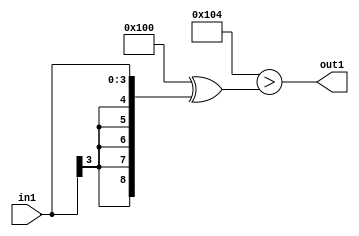
`timescale 1ps / 1ps
/*****************************************************************************
    Verilog RTL Description
    
    
    Created by: Stratus DpOpt 2019.1.01 
*******************************************************************************/

module SobelFilter_Lti4s4_4 (
	in1,
	out1
	); /* architecture "behavioural" */ 
input [3:0] in1;
output  out1;
wire  asc001;

assign asc001 = ((9'B100000000 ^ 9'B000000100)>(9'B100000000 ^ {{5{in1[3]}}, in1}));

assign out1 = asc001;
endmodule

/* CADENCE  ubL5TQk= : u9/ySgnWtBlWxVPRXgAZ4Og= ** DO NOT EDIT THIS LINE ******/